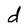
Character: d